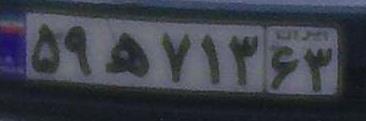
۵۹ه۷۱۳۶۳